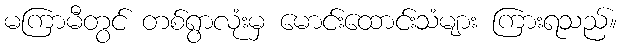
မကြာမီတွင် တစ်ရွာလုံးမှ မောင်းထောင်းသံများ ကြားရသည်။